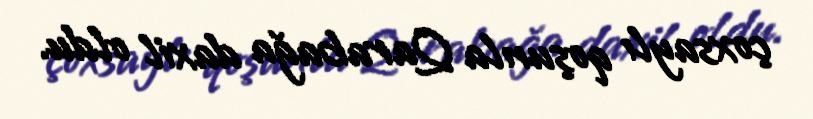
çoxsaylı qoşunla Qarabağa daxil oldu.